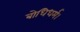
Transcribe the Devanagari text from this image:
बोधिधर्म।